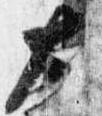
大